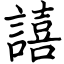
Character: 譆